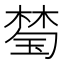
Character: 𱤈